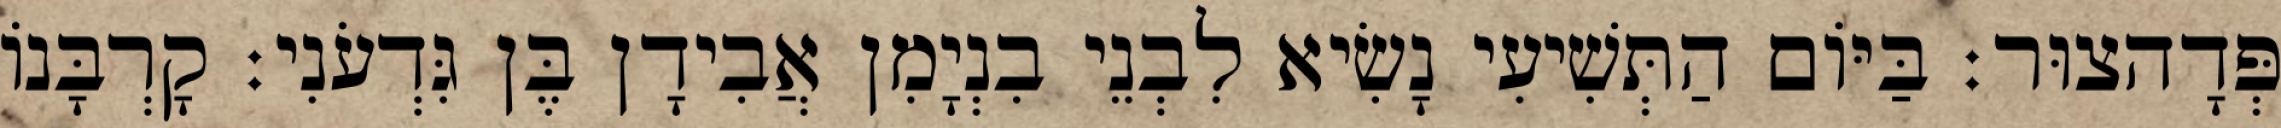
פְּדָהצוּר׃ בַּיּוֹם הַתְּשִׁיעִי נָשִׂיא לִבְנֵי בִנְיָמִן אֲבִידָן בֶּן גִּדְעֹנִי׃ קָרְבָּנוֹ